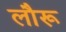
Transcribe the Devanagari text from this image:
लौरू